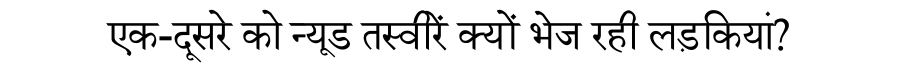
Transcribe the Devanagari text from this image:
एक-दूसरे को न्यूड तस्वीरें क्यों भेज रही लड़कियां?